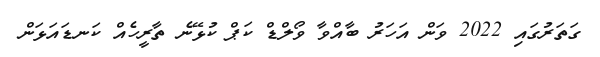
ގަތަރުގައި 2022 ވަން އަހަރު ބާއްވާ ވޯލްޑް ކަޕް ކުޅޭނެ ތާރީހެއް ކަނޑައަޅަން